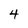
Character: 4